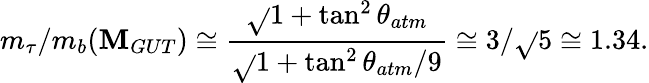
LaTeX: m_{\tau}/m_{b}(\mathbf{M}_{GUT})\cong\frac{{\sqrt{}{{1+\tan^{2}\theta_{atm}}}}}{{\sqrt{}{{1+\tan^{2}\theta_{atm}/9}}}}\cong3/\sqrt{}{{5}}\cong1.34.